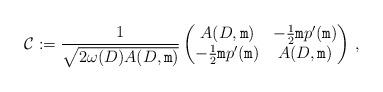
LaTeX: \begin{align*} \mathcal{C}:=\frac{1}{\sqrt{2\omega(D)A(D,\mathtt{m})}} \left( \begin{matrix}A(D,\mathtt{m}) & -\tfrac{1}{2}\mathtt{m}p'(\mathtt{m}) \\ -\tfrac{1}{2}\mathtt{m}p'(\mathtt{m}) & A(D,\mathtt{m}) \end{matrix} \right)\,, \end{align*}